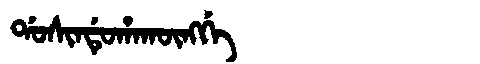
Manchu: ᡩᠣᠰᡳᠨᡩᡠᡥᠠᡴᡡᠩᡤᡝ
Romanization: DOSINDUHAKŪNGGE